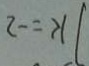
k = - 2